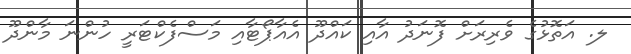
ލ. އަތޮޅުގެ ވެރިރަށް ފޮނަދު އާއި ކައްދޫ އެއާޕޯޓާއި މަސްފެކްޓަރީ ހުންނަ މާންދޫ